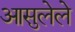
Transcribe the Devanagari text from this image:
आसुलेले